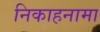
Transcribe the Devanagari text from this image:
निकाहनामा